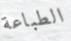
الطباعة